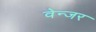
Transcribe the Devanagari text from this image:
वेन्जर